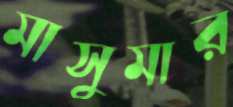
মাসুমার